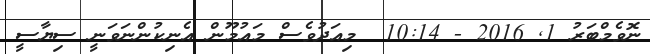
ނޮވެމްބަރު 1